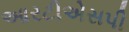
આરટીએસપી